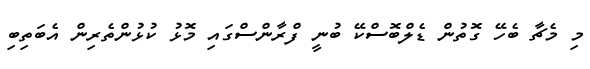
މި މެޗާ ބެހޭ ގޮތުން ޑެލްބޮސްކޭ ބުނީ ފްރާންސްގައި މޮޅު ކުޅުންތެރިން އެބަތިބި